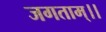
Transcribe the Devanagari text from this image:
जगताम्।।